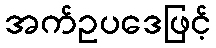
အက်ဥပဒေဖြင့်